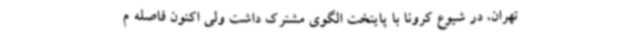
تهران، در شیوع کرونا با پایتخت الگوی مشترک داشت ولی اکنون فاصله م